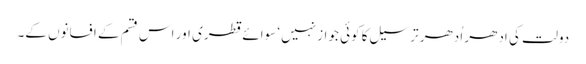
دولت کی اِدھر اُدھر ترسیل کا کوئی جواز نہیں‘ سوائے قطری اور اس قسم کے افسانوں کے۔